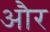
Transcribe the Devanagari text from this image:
और